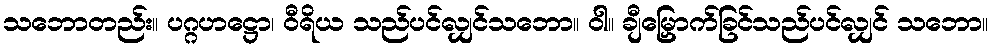
သဘောတည်း။ ပဂ္ဂဟဋ္ဌော၊ ဝီရိယ သည်ပင်လျှင်သဘော။ ဝါ။ ချီမြှောက်ခြင်သည်ပင်လျှင် သဘော။